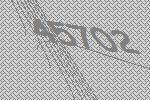
45702